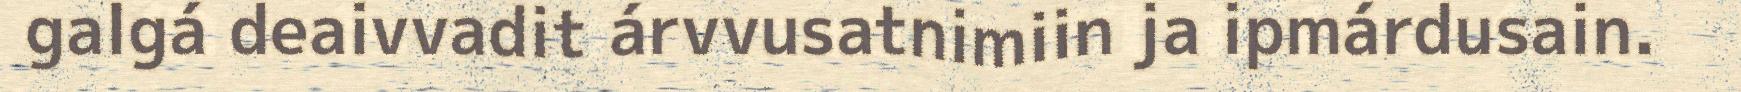
galgá deaivvadit árvvusatnimiin ja ipmárdusain.